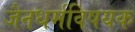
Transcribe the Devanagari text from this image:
जैनधर्मविषयक